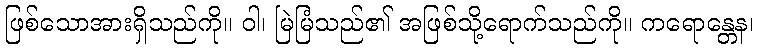
ဖြစ်သောအားရှိသည်ကို။ ဝါ၊ မြဲမြံသည်၏ အဖြစ်သို့ရောက်သည်ကို။ ကရောန္တေန၊